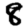
Digit: 8